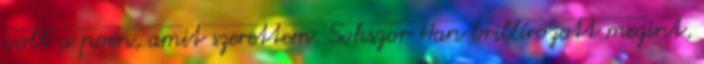
volt a poén, amit szerettem. Sokszor Han brillírozott megint,